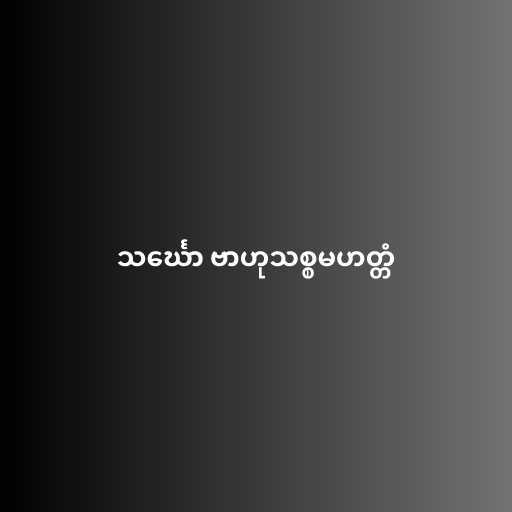
သင်္ဃော ဗာဟုသစ္စမဟတ္တံ